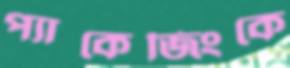
প্যাকেজিংকে